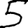
Digit: 5